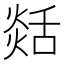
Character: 𦧡